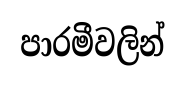
පාරමීවලින්